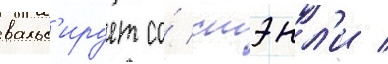
вальс'ирует со́ стэнл'и /